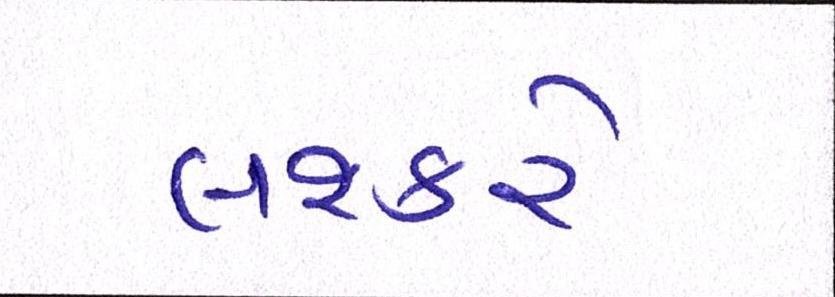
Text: લશ્કરે